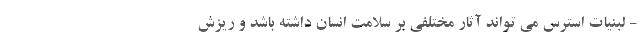
- لبنیات استرس می تواند آثار مختلفی بر سلامت انسان داشته باشد و ریزش